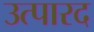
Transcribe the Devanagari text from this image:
उत्पारद